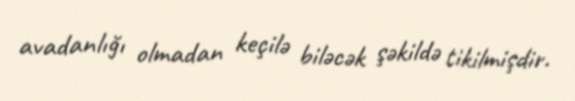
avadanlığı olmadan keçilə biləcək şəkildə tikilmişdir.